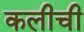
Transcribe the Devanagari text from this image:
कलीची